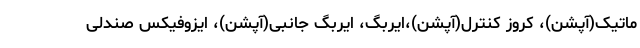
ماتیک(آپشن)، کروز کنترل(آپشن)،ایربگ، ایربگ جانبی(آپشن)، ایزوفیکس صندلی